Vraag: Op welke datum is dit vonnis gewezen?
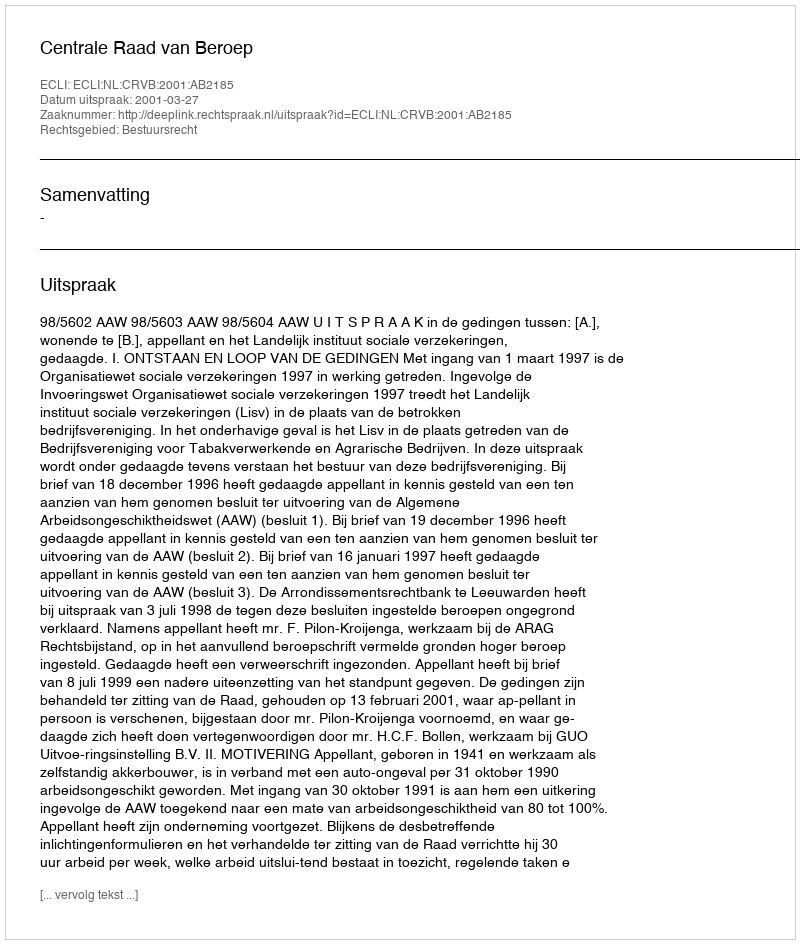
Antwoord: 2001-03-27